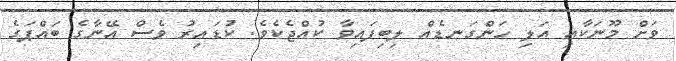
ވަށް މޫނަކާއި އަލި ހަންގަނޑެއް ލިބިފައިވާ ކުއްޖެކެވެ. ކުޑައިރު ވެސް އޭނާގެ ބައްޕަގެ